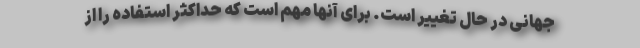
جهانی در حال تغییر است. برای آنها مهم است که حداکثر استفاده را از